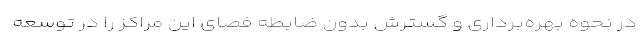
در نحوه بهره‌برداری و گسترش بدون ضابطه فصای این مراکز را در توسعه